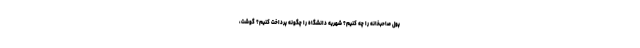
پول صاحبخانه را چه کنیم؟ شهریه دانشگاه را چگونه پرداخت کنیم؟ گوشت،